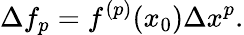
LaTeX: \Delta f_{p}=f^{(p)}(x_{0})\Delta x^{p}.